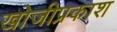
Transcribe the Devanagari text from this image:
खोजीप्रकाश